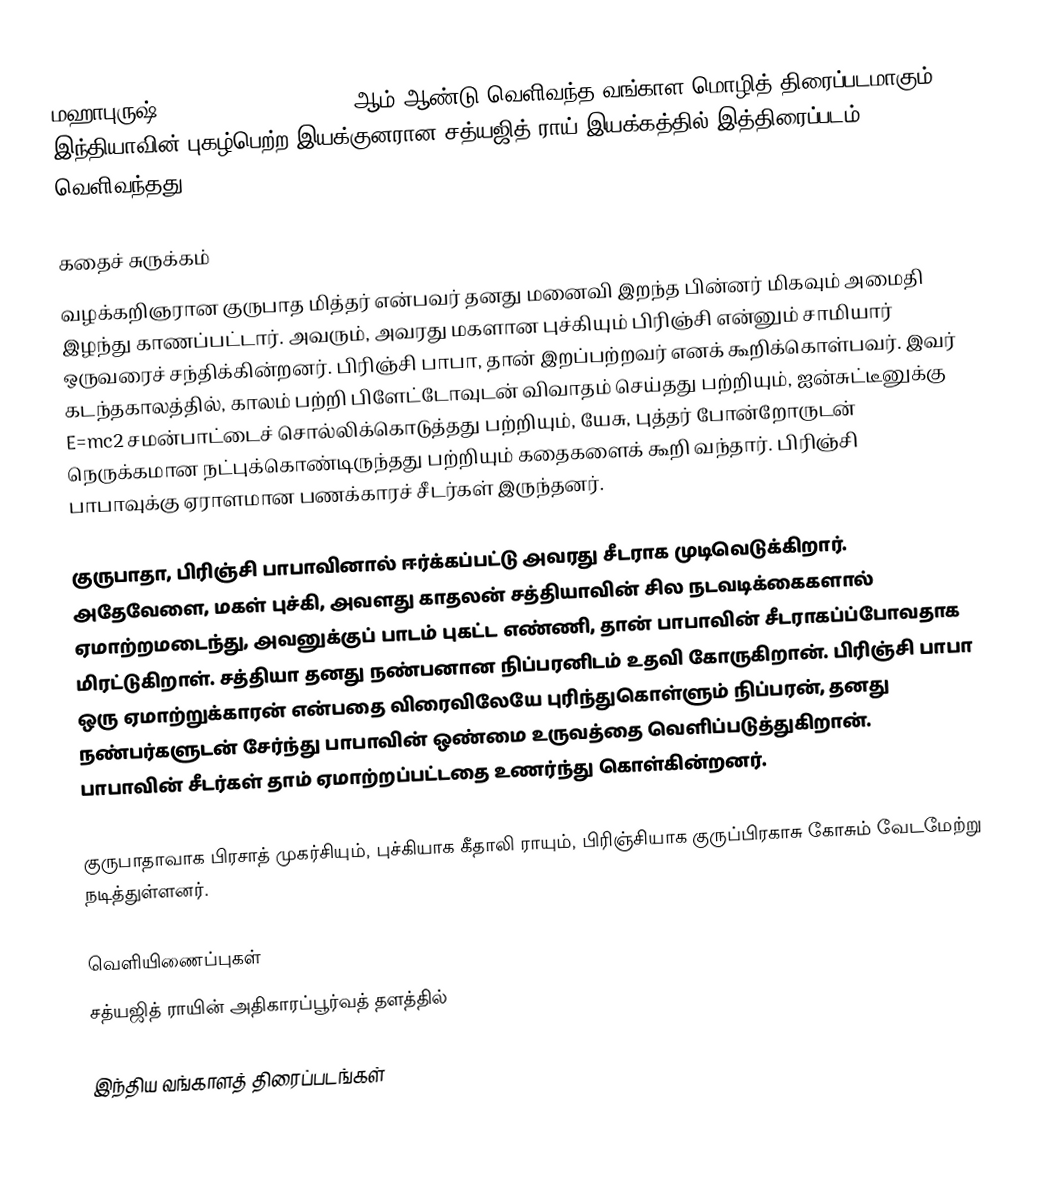
மஹாபுருஷ் ("The Holy Man", 1965) ஆம் ஆண்டு வெளிவந்த வங்காள மொழித் திரைப்படமாகும். இந்தியாவின் புகழ்பெற்ற இயக்குனரான சத்யஜித் ராய் இயக்கத்தில் இத்திரைப்படம் வெளிவந்தது.

கதைச் சுருக்கம்
வழக்கறிஞரான குருபாத மித்தர் என்பவர் தனது மனைவி இறந்த பின்னர் மிகவும் அமைதி இழந்து காணப்பட்டார். அவரும், அவரது மகளான புச்கியும் பிரிஞ்சி என்னும் சாமியார் ஒருவரைச் சந்திக்கின்றனர். பிரிஞ்சி பாபா, தான் இறப்பற்றவர் எனக் கூறிக்கொள்பவர். இவர் கடந்தகாலத்தில், காலம் பற்றி பிளேட்டோவுடன் விவாதம் செய்தது பற்றியும், ஐன்சுட்டீனுக்கு E=mc2 சமன்பாட்டைச் சொல்லிக்கொடுத்தது பற்றியும், யேசு, புத்தர் போன்றோருடன் நெருக்கமான நட்புக்கொண்டிருந்தது பற்றியும் கதைகளைக் கூறி வந்தார். பிரிஞ்சி பாபாவுக்கு ஏராளமான பணக்காரச் சீடர்கள் இருந்தனர்.

குருபாதா, பிரிஞ்சி பாபாவினால் ஈர்க்கப்பட்டு அவரது சீடராக முடிவெடுக்கிறார். அதேவேளை, மகள் புச்கி, அவளது காதலன் சத்தியாவின் சில நடவடிக்கைகளால் ஏமாற்றமடைந்து, அவனுக்குப் பாடம் புகட்ட எண்ணி, தான் பாபாவின் சீடராகப்ப்போவதாக மிரட்டுகிறாள். சத்தியா தனது நண்பனான நிப்பரனிடம் உதவி கோருகிறான். பிரிஞ்சி பாபா ஒரு ஏமாற்றுக்காரன் என்பதை விரைவிலேயே புரிந்துகொள்ளும் நிப்பரன், தனது நண்பர்களுடன் சேர்ந்து பாபாவின் ஒண்மை உருவத்தை வெளிப்படுத்துகிறான். பாபாவின் சீடர்கள் தாம் ஏமாற்றப்பட்டதை உணர்ந்து கொள்கின்றனர்.

குருபாதாவாக பிரசாத் முகர்சியும், புச்கியாக கீதாலி ராயும், பிரிஞ்சியாக குருப்பிரகாசு கோசும் வேடமேற்று நடித்துள்ளனர்.

வெளியிணைப்புகள்
 சத்யஜித் ராயின் அதிகாரப்பூர்வத் தளத்தில்

இந்திய வங்காளத் திரைப்படங்கள்